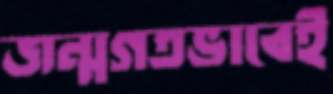
জন্মগতভাবেই